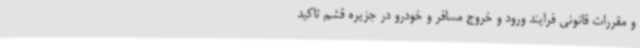
و مقررات قانونی فرایند ورود و خروج مسافر و خودرو در جزیره قشم تاکید